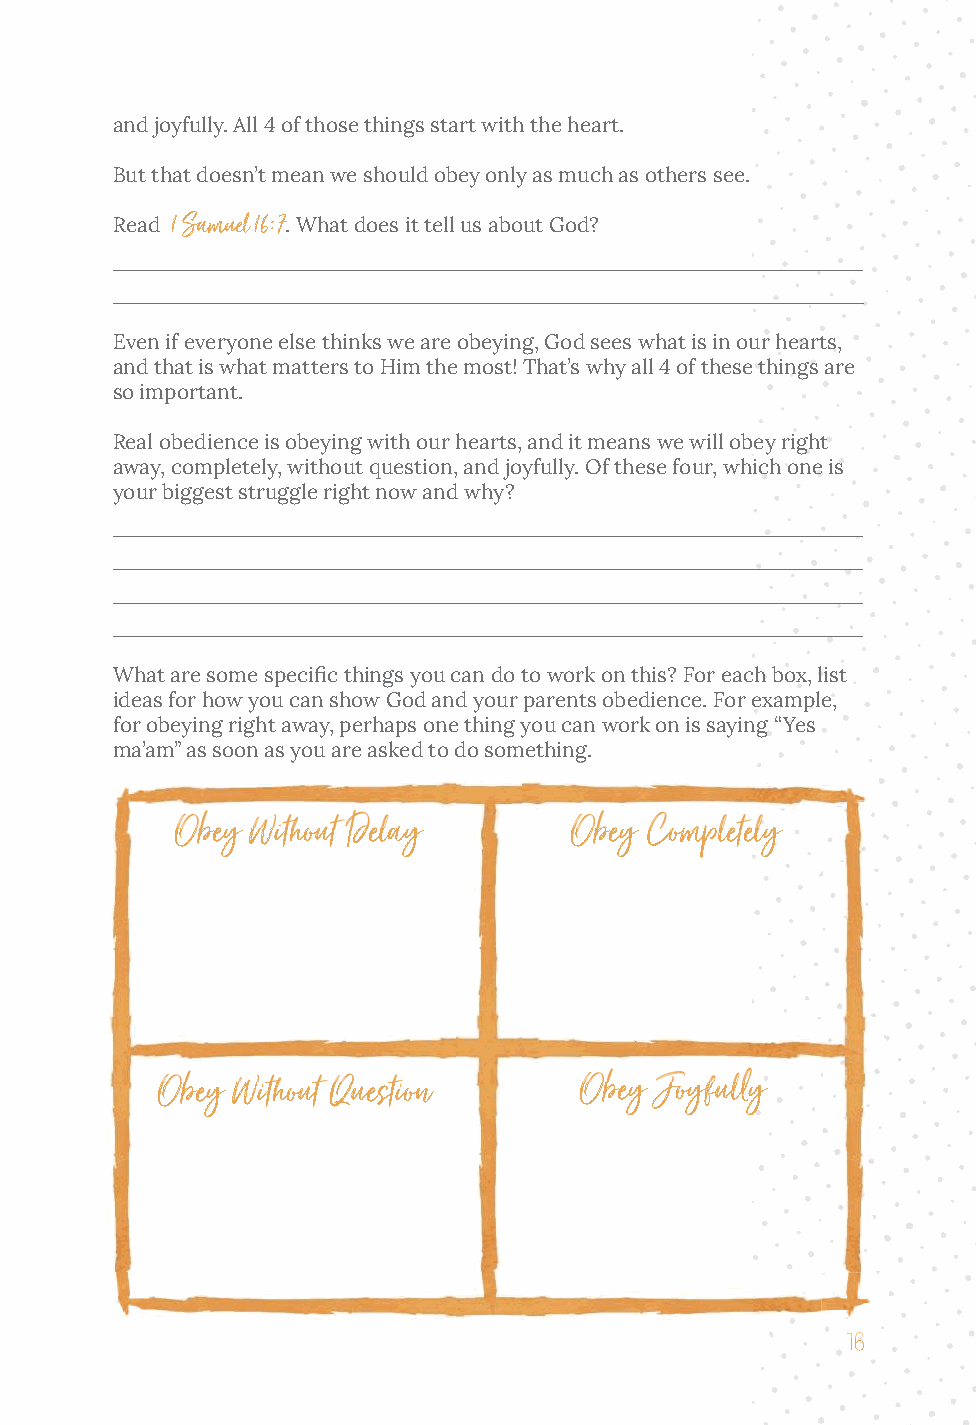
and joyfully. All 4 of those things start with the heart.
 But that doesn’t mean we should obey only as much as others see.
 1 Samuel 16:7
 Read        . What does it tell us about God?
 ____________________________________________________________
 ____________________________________________________________
 Even if everyone else thinks we are obeying, God sees what is in our hearts,
 and that is what matters to Him the most! That’s why all 4 of these things are
 so important.
 Real obedience is obeying with our hearts, and it means we will obey right
 away, completely, without question, and joyfully. Of these four, which one is
 your biggest struggle right now and why?
 ____________________________________________________________
 ____________________________________________________________
 ____________________________________________________________
 ____________________________________________________________
 What are some specific things you can do to work on this? For each box, list
 ideas for how you can show God and your parents obedience. For example,
 for obeying right away, perhaps one thing you can work on is saying “Yes
 ma’am” as soon as you are asked to do something.
 Obey Without Delay        Obey Completely
 Obey Without Question       Obey Joyfully
 16